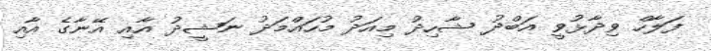
ފަލާހް ވިދާޅުވީ އަބްދު ޝާހިދު މިއަދު މުހައްމަދު ނަޝީދު އާއި އޭނާގެ އާއި